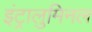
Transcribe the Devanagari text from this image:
इंट्रालुमिनल